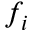
f _ { i }